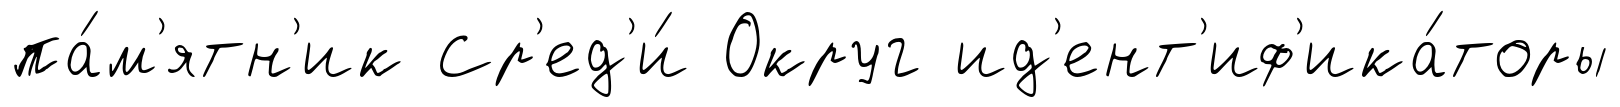
па́м'ятн'ик Ср'ед'и́ Округ ид'ент'иф'ика́торы